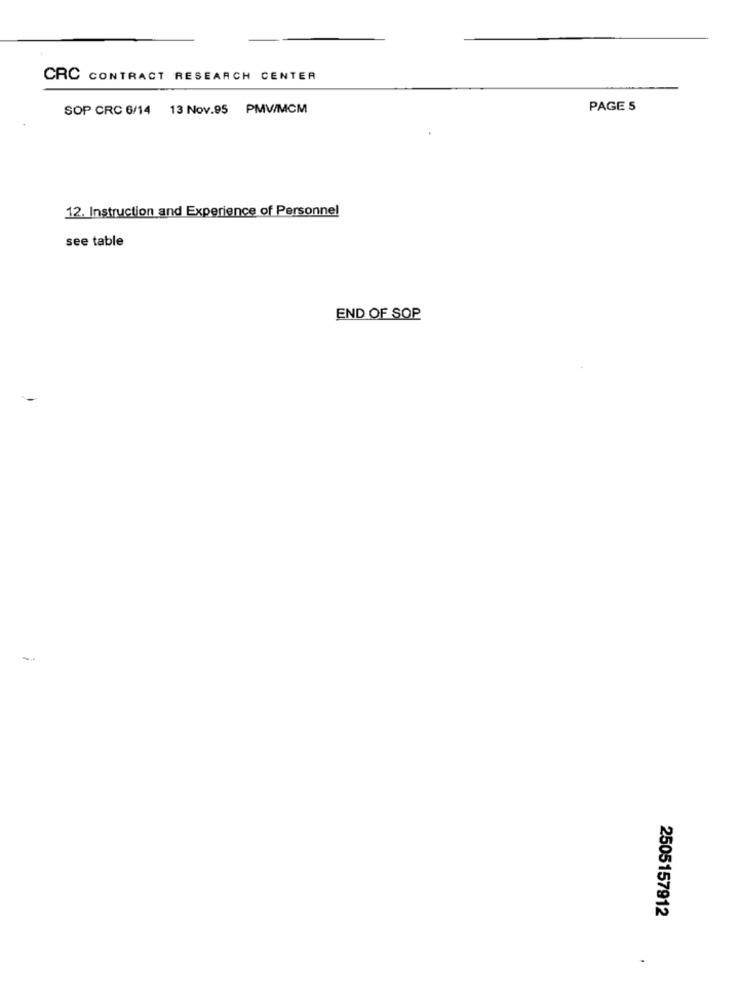
CRC CONTRACT RESEARCH CENTER
SOP CRC 6/14 13 Nov.95 PMV/MCM
PAGE 5
12. Instruction and Experience of Personnel
see table
END OF SOP
2505157912
.